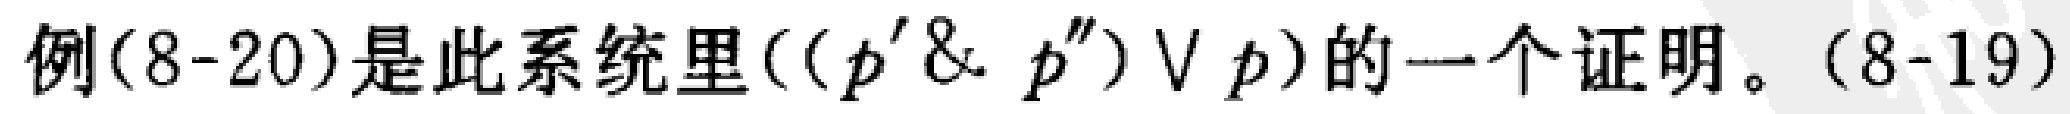
例(8-20)是此系统里$((p'\& p'')\vee p)$的一个证明。(8-19)